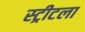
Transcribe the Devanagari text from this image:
स्ट्रीटला